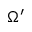
\Omega ^ { \prime }